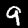
Label: 9